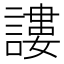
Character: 謱